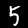
Label: 5